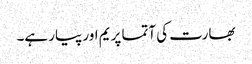
بھارت کی آتما پریم اور پیار ہے۔